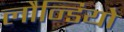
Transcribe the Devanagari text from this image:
लौन्डियोे